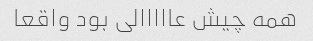
همه چیش عااااالی بود واقعا